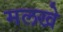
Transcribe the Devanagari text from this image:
मलखे